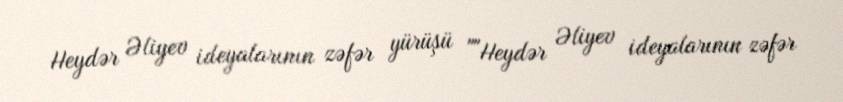
Heydər Əliyev ideyalarının zəfər yürüşü ""Heydər Əliyev ideyalarının zəfər